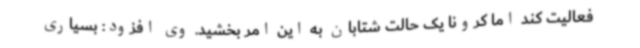
فعالیت کند اما کرونا یک حالت شتابان به این امر بخشید. وی افزود: بسیاری